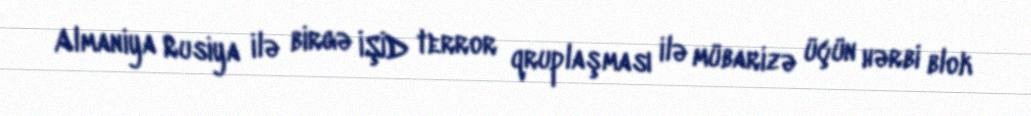
Almaniya Rusiya ilə birgə İŞİD terror qruplaşması ilə mübarizə üçün hərbi blok